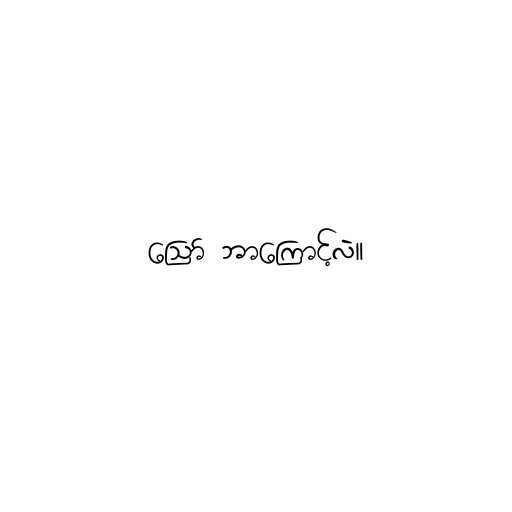
ဪ ဘာကြောင့်လဲ။